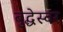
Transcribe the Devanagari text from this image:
बुद्धेस्वर